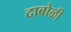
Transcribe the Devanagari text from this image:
दाबोळी